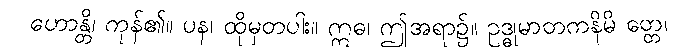
ဟောန္တိ၊ ကုန်၏။ ပန၊ ထိုမှတပါး။ ဣဓ၊ ဤအရာ၌။ ဥဒ္ဓုမာတကနိမိ တ္တေ၊